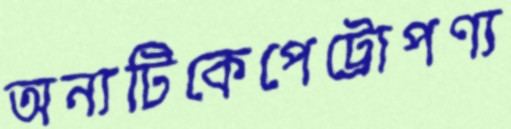
অন্যটিকেপেট্রোপণ্য